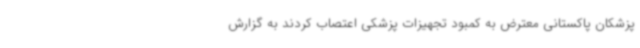
پزشکان پاکستانی معترض به کمبود تجهیزات پزشکی اعتصاب کردند به گزارش